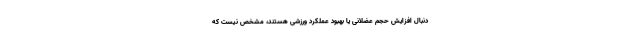
دنبال افزایش حجم عضلانی یا بهبود عملکرد ورزشی هستند، مشخص نیست که